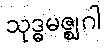
သုဒ္ဓမဇ္ဈဂါ